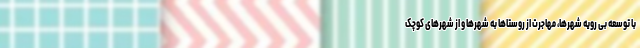
با توسعه بی رویه شهرها، مهاجرت از روستاها به شهرها و از شهرهای کوچک